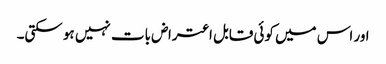
اور اس میں کوئی قابل اعتراض بات نہیں ہو سکتی۔